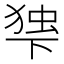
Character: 𬻨